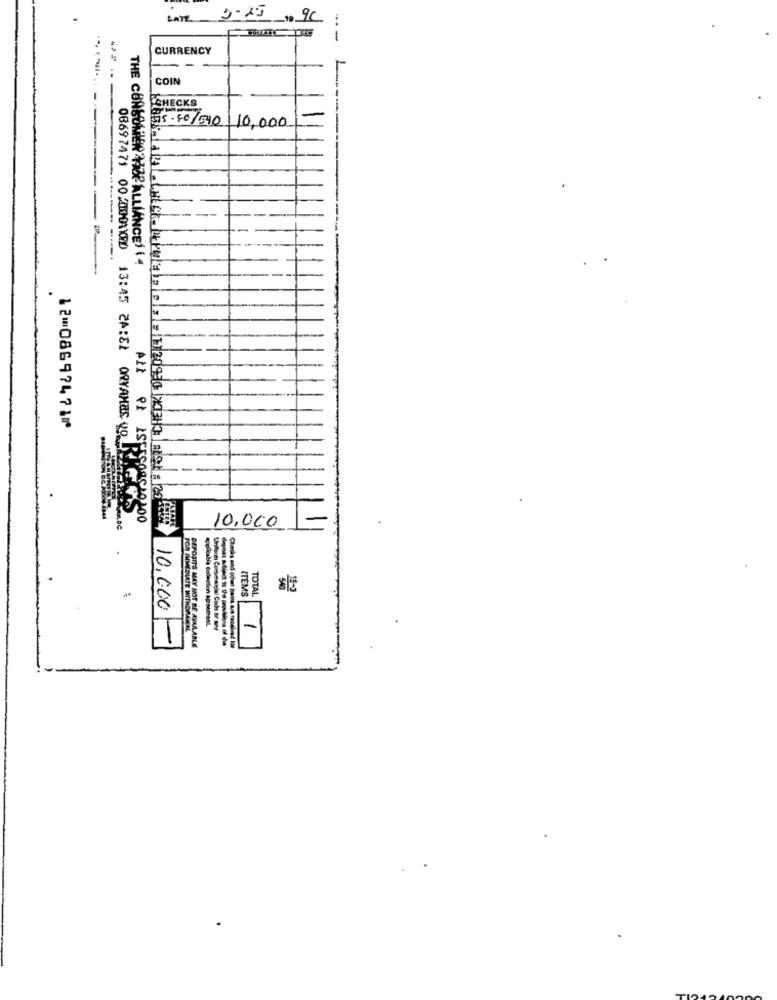
LATE 5/20 10 9C
CURRENCY
--
COIN
CHECKS
-----
$15.40/540 10,000
-
THE CONSONN HOPALLIANCES (4
12⑉08697471⑈
0869 7471 00-25MAXED 13:45 ZAREL ORYAMES 0
10,000
ITEMS
TOTAL
10,000
FOR IMMEDIATE WITHOR
1
--------
DEPOSITS MAY NOT BE AUMAABLE